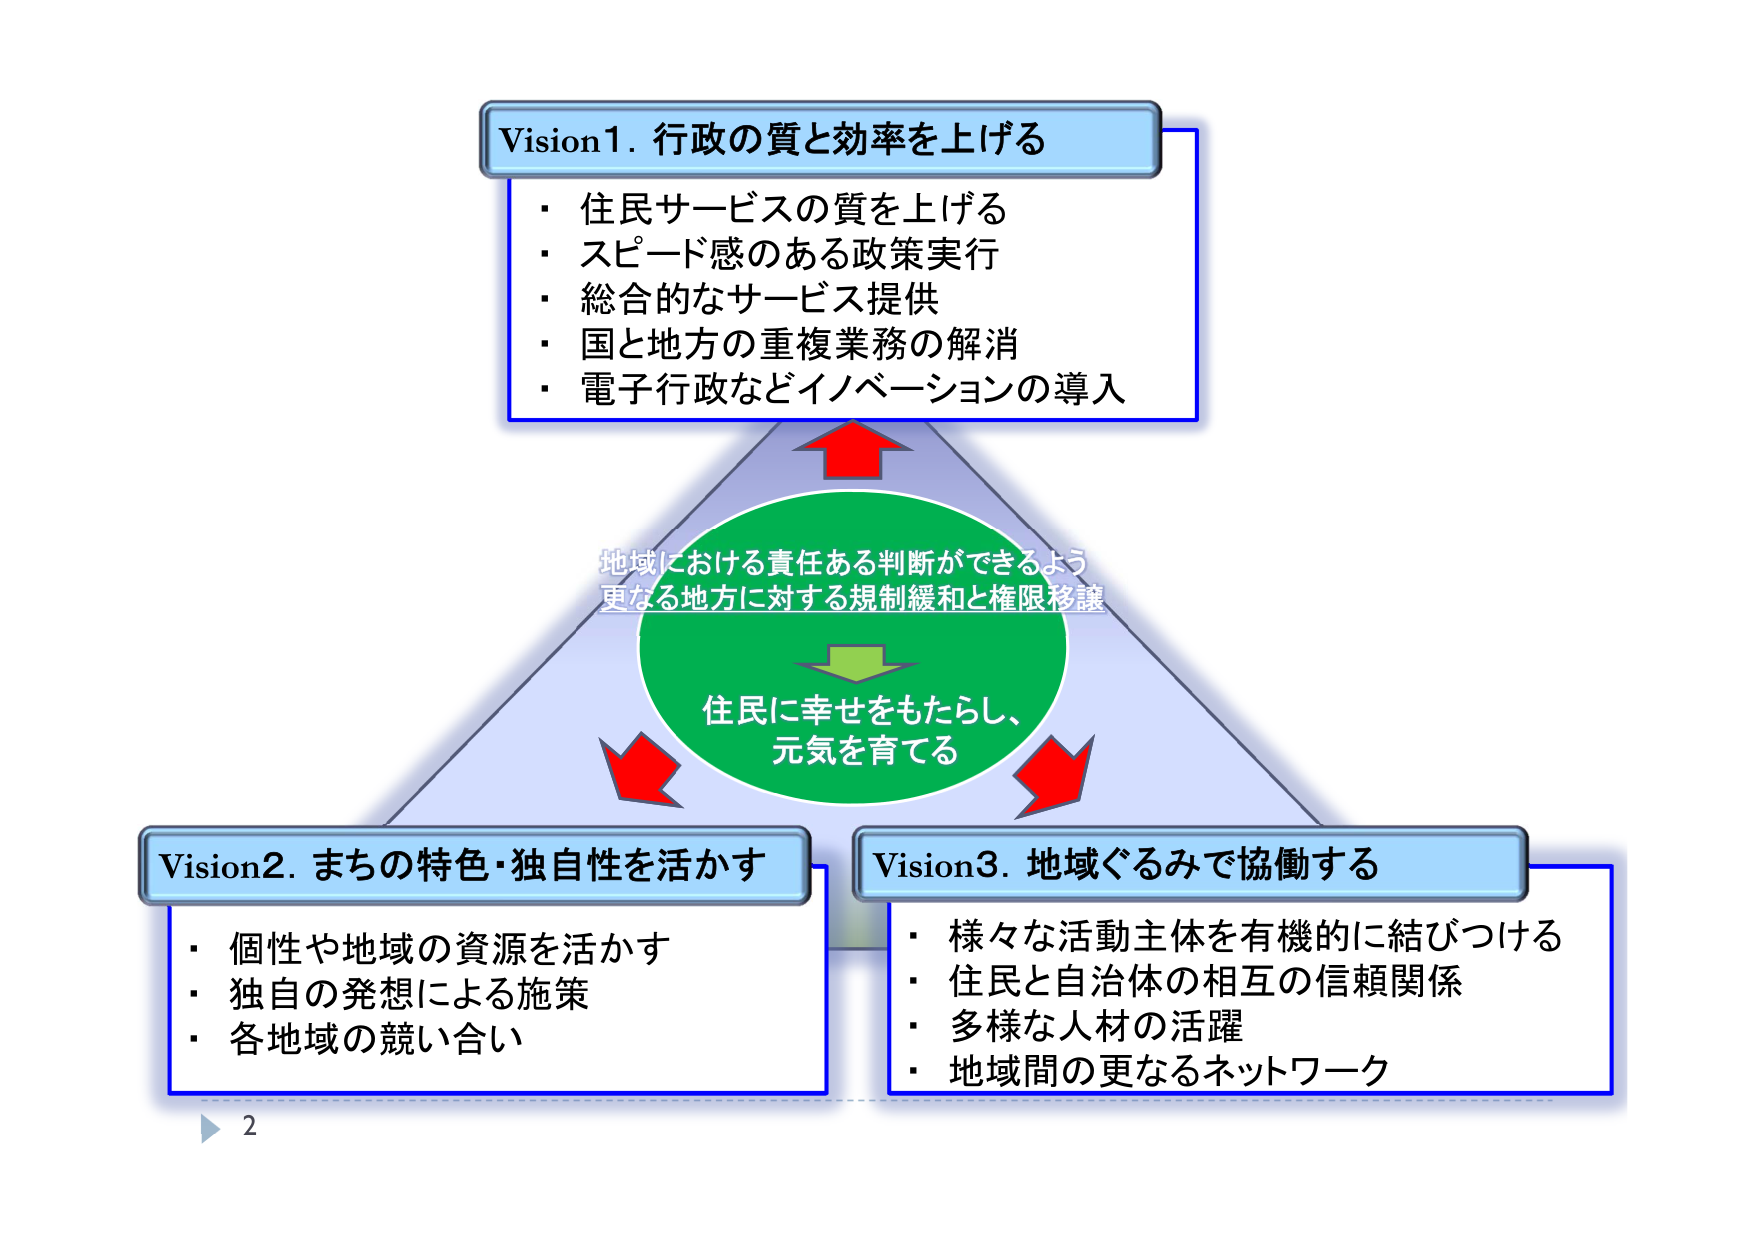
Vision1. 行政の質と効率を上げる
・住民サービスの質を上げる
・スピード感のある政策実行
・総合的なサービス提供
・国と地方の重複業務の解消
・電子行政などイノベーションの導入

地域における責任ある判断ができるよう
更なる地方に対する規制緩和と権限移譲

住民に幸せをもたらし、
元気を育てる

Vision2. まちの特色・独自性を活かす
・個性や地域の資源を活かす
・独自の発想による施策
・各地域の競い合い

Vision3. 地域ぐるみで協働する
・様々な活動主体を有機的に結びつける
・住民と自治体の相互の信頼関係
・多様な人材の活躍
・地域間の更なるネットワーク

2